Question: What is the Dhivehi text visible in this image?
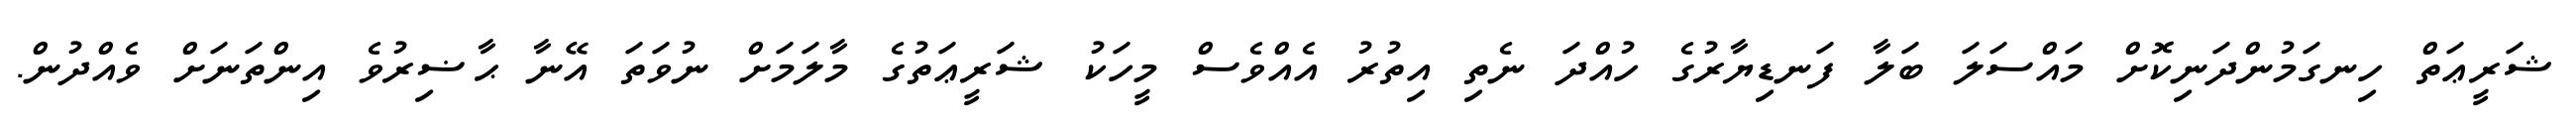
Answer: ޝަރީޢަތް ހިނގަމުންދަނިކޮށް މައްސަލަ ބަލާ ފަނޑިޔާރުގެ ހުއްދަ ނެތި އިތުރު އެއްވެސް މީހަކު ޝަރީޢަތުގެ މާލަމަށް ނުވަތަ އޭނާ ޙާޟިރުވެ އިންތަނަށް ވެއްދުން.